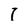
Character: 1